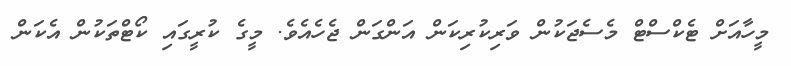
މީހާއަށް ޓެކްސްޓް މެސެޖަކުން ވަރިކުރިކަން އަންގަން ޖެހެއެވެ. މީގެ ކުރީގައި ކޯޓްތަކުން އެކަން